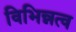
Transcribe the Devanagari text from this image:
विभिन्नत्व